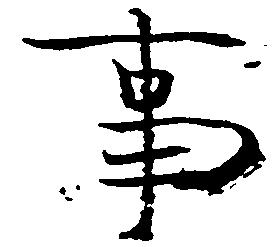
事